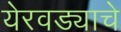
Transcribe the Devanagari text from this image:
येरवड्याचे